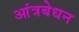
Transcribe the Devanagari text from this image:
आंत्रबेधन